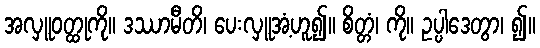
အလှူဝတ္ထုကို။ ဒဿာမီတိ၊ ပေးလှူအံ့ဟူ၍။ စိတ္တံ၊ ကို။ ဥပ္ပါဒေတွာ၊ ၍။